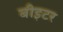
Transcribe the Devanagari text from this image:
बीइटर